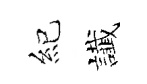
紀䜟